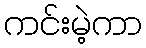
ကင်းမဲ့ကာ